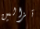
تزالين